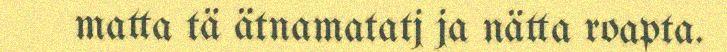
matta tä ätnamatatj ja nätta roapta.